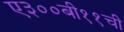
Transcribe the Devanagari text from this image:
ए३००बी११ची